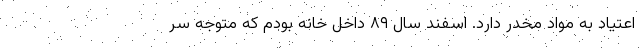
اعتیاد به مواد مخدر دارد. اسفند سال ۸۹ داخل خانه بودم که متوجه سر